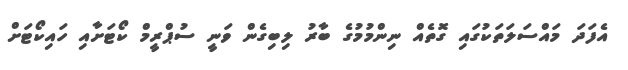
އެފަދަ މައްސަލަތަކުގައި ގޮތެއް ނިންމުމުގެ ބާރު ލިބިގެން ވަނީ ސުޕްރީމް ކޯޓަށާއި ހައިކޯޓަށް